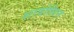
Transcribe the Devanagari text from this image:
शावोलिन